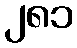
၂၈၁